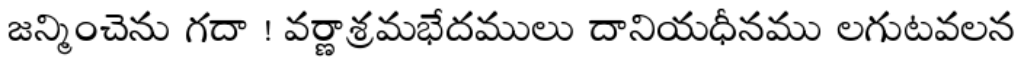
జన్మించెను గదా ! వర్ణాశ్రమభేదములు దానియధీనము లగుటవలన